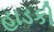
હાડકી